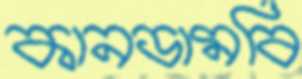
কানডামবি